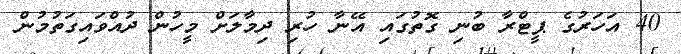
40 އަހަރުގެ ޕީޓްރާ ބުނި ގޮތުގައި އޭނާ ހުރި ދިމާލަށް މީހުން ދުއްވައިގަތުމުން